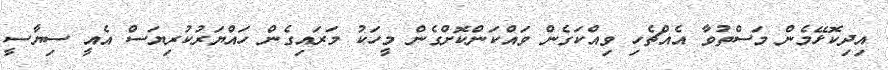
އިދިކޮޅޭމެން މަސްތުވާ އެއްޗެހި ވިއްކަގެން ވައްކަންކޮށްގެން މީހަކު މަރައިގެން ހައްޔަރުކުރިޔަސް އެއީ ސިޔާސީ